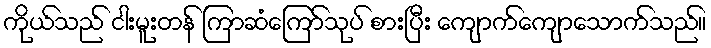
ကိုယ်သည် ငါးမူးတန် ကြာဆံကြော်သုပ် စားပြီး ကျောက်ကျောသောက်သည်။